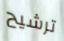
ترشيح